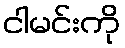
ငါမင်းကို